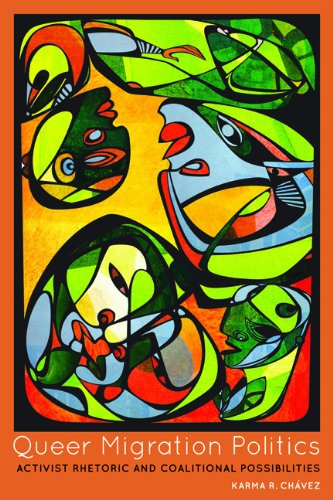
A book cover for Queer Migration Politics: Activist Rhetoric and Coalitional Possibilities (Feminist Media Studies); Karma R. Chavez; Gay & Lesbian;